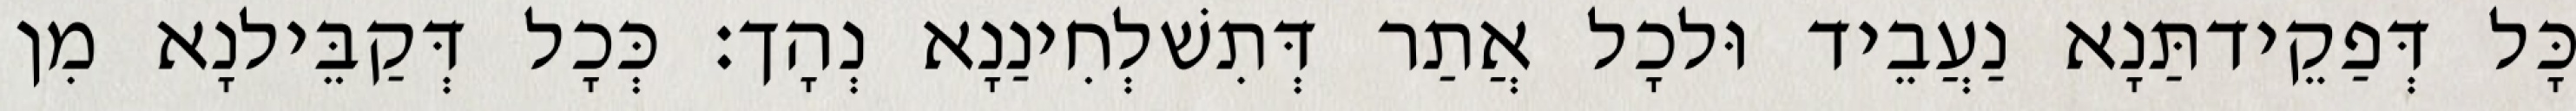
כָּל דְּפַקֵידתַּנָא נַעֲבֵיד וּלכָל אֲתַר דְּתִשׁלְחִינַנָא נְהָך׃ כְּכָל דְּקַבֵּילנָא מִן